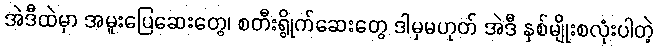
အဲဒီထဲမှာ အမူးပြေဆေးတွေ၊ စတီးရွိုက်ဆေးတွေ ဒါမှမဟုတ် အဲဒီ နှစ်မျိုးစလုံးပါတဲ့